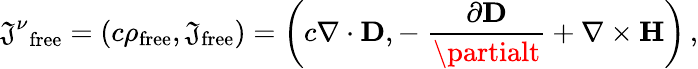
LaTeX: {\mathfrak{J}^{\nu}}_{\mathrm{{free}}}=(c\rho_{\mathrm{{free}}},\mathbf{{\mathfrak{J}}}_{\mathrm{{free}}})=\left(c\nabla\cdot\mathbf{{D}},-\ {\frac{{\partial\mathbf{{D}}}}{{\partialt}}}+\nabla\times\mathbf{{H}}\right)\, ,